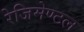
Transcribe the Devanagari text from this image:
रेजिमेण्टल